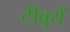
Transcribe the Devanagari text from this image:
टीबुरों